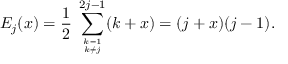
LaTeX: E _ { j } ( x ) = \frac { 1 } { 2 } \; \sum _ { { k = 1 \atop k \neq j } } ^ { 2 j - 1 } ( k + x ) = ( j + x ) ( j - 1 ) .